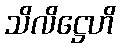
သိလိဋ္ဌေဟိ